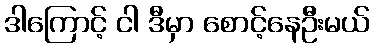
ဒါကြောင့် ငါ ဒီမှာ စောင့်နေဦးမယ်